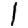
Digit: 1